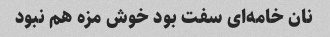
نان خامه‌ای سفت بود خوش مزه هم نبود